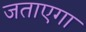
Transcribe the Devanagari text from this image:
जताएगा